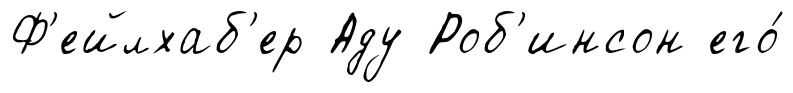
Ф'ейлхаб'ер Аду Роб'инсон его́